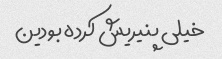
خیلی پنیریش کرده بودین